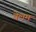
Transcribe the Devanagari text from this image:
वेलम